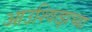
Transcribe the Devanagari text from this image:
आउश्वित्झच्या